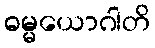
ဓမ္မယောဂါတိ